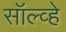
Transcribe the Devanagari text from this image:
सॉल्व्हे